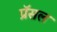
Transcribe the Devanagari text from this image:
प्रॅसल